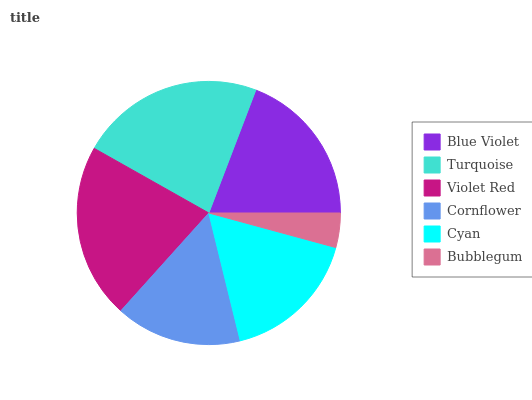
| Blue Violet | Turquoise | Violet Red | Cornflower | Cyan | Bubblegum |
 | --- | --- | --- | --- | --- | --- |
 | 19.3% | 22.6% | 21.5% | 15.5% | 16.9% | 4.24% |